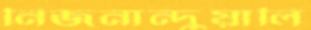
নিজনান্দুয়ালি